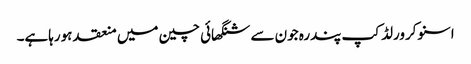
اسنوکرورلڈ کپ پندرہ جون سے شنگھائی چین میں منعقد ہورہاہے۔